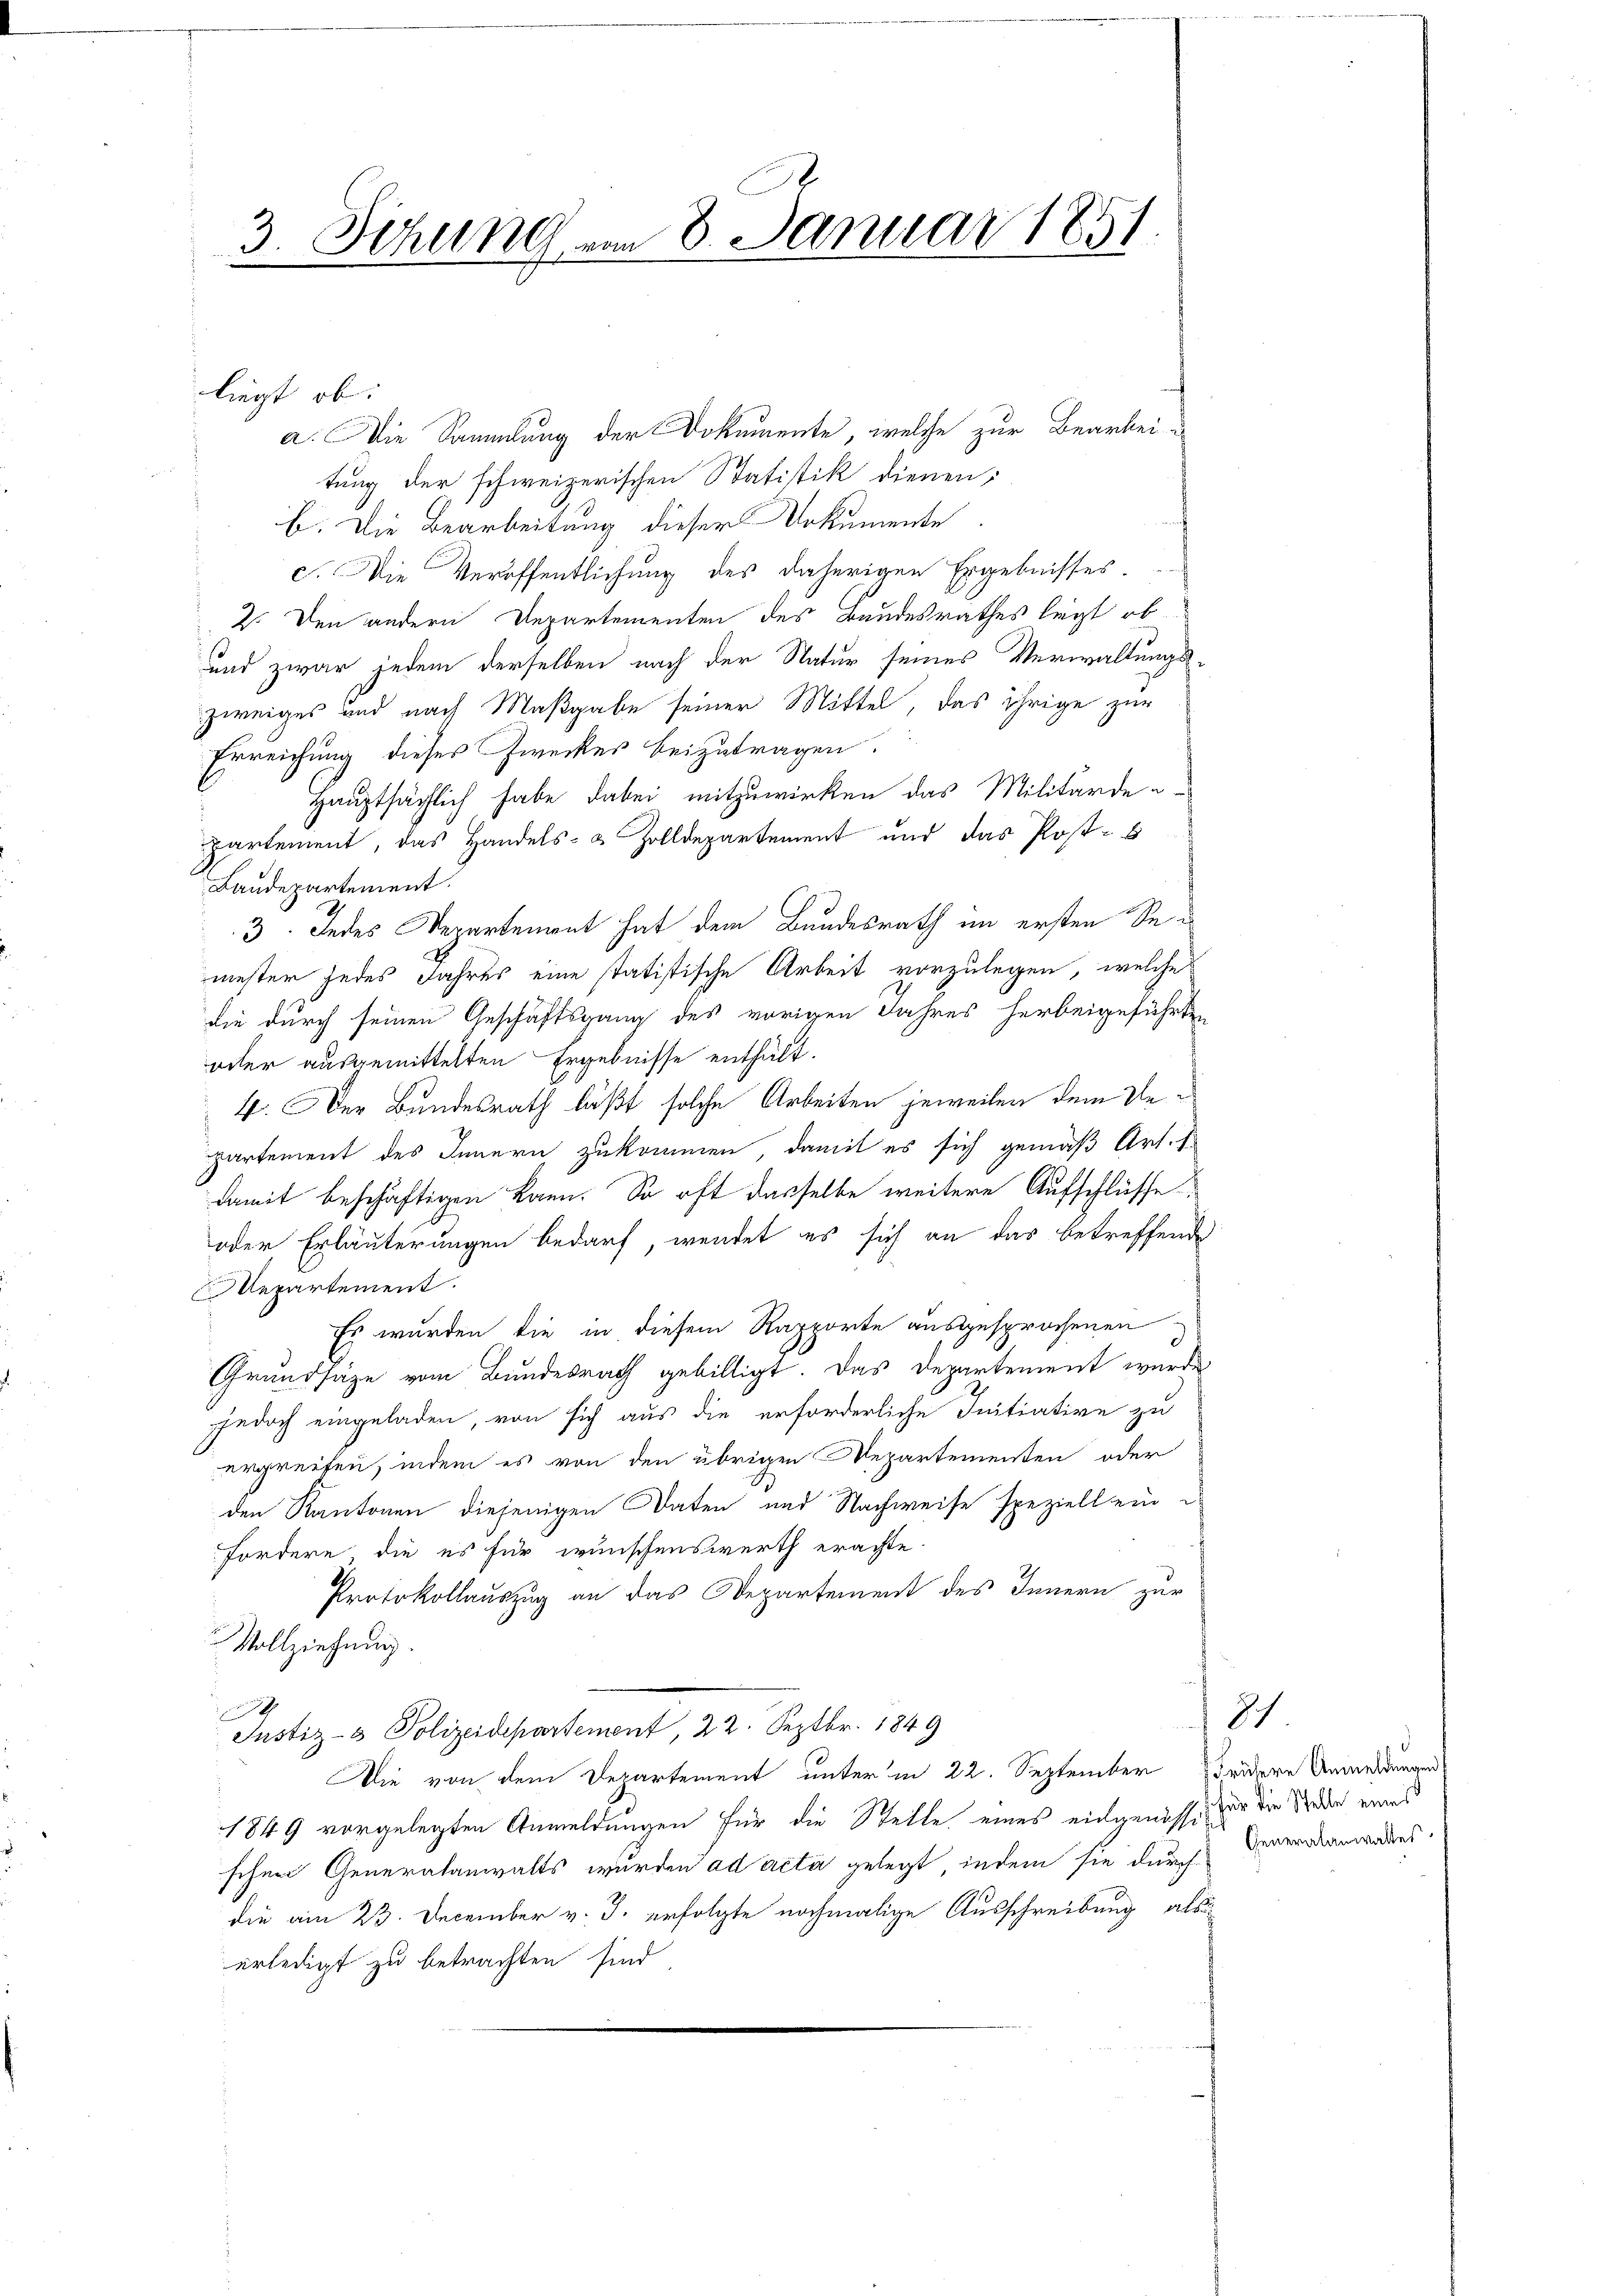
3. Sitzung am 8. Januar 1851.
2
n

liegt ob:
a. Die Sammlung der Dokumente, welche zur Bearbei-
tung der schweizerischen Statistik dienen;
b. Die Bearbeitung dieser Dokumente.
c. Die Veröffentlichung des daherigen Ergebnisses.
2. Den andern Departementen des Bandesrathes legt, ob
und zwar jedem derselben nach der Natur seines Verwaltungs-
zweiges und nach Maßgabe seiner Mittel, das ihrige zur
Erreichung dieses Zweckes beizutragen.
Hauptsächlich habe dabei mitzuwirken das Militärde u
partement, das Handels- & Zolldepartement und das Post-
Baudepartement.
3. Indes Departement hat dem Bundesrath im ersten Semester jedes Jahres eine statistische Arbeit vorzulegen, welche
die durch seinen Geschäftsgang des vorigen Jahres herbeigeführten
oder ausgemittelten Ergebnisse enthält.
4. Der Bundesrath läßt solche Arbeiten jeweilen dem Repartement des Innern zukommen, damit es sich gemäß Art. E
damit beschäftigen kann. So oft dasselbe weitere Aufschlüsse
oder Erläuterungen bedarf, wendet es sich an das betreffende
epartement.
Es wurden die in diesem Rapporte ausgesprochenen
d
Grundsätze vom Bundesrath gebilligt. Das Departement wurde
jedoch eingeladen, von sich aus die erforderliche Initiative zu
ergreifen, indem es von den übrigen Departementen oder
den Kantonen diejenigen Daten und Nachweise speziell ein
fordere, die es für wünschenswerth erachte.
Protokollauszug an das Departement des Innern zur
Vollziehung.
h
Justiz- & Polizeidepartement, 22. Septbr. 1849
Die von dem Departement unter in 22. September
1849 vorgelegten Anmeldungen für die Stelle eines eingenössig in die Nieder eines
schen Generalanwalts wurden ad acta gelegt, indem sie durch Generanwaldens.
die am 23. December v. J. erfolgte nochmalige Ausschreibung als
erledigt zu betrachten sind,

81.
Frühere Anmeldungen